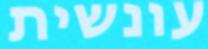
עונשית